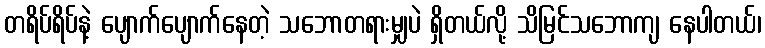
တရိပ်ရိပ်နဲ့ ပျောက်ပျောက်နေတဲ့ သဘောတရားမျှပဲ ရှိတယ်လို့ သိမြင်သဘောကျ နေပါတယ်၊